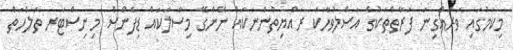
މިކަމުގައި ވަރައްގިނަ ފަރާތްތަކުގެ އަސްލުވާހަކަ ރައްޔިތުންނަކައް ނޭންގޭ މިސާލަކައް ޑިފެންސް މިނިސްޓަރ ތަލްހަތް